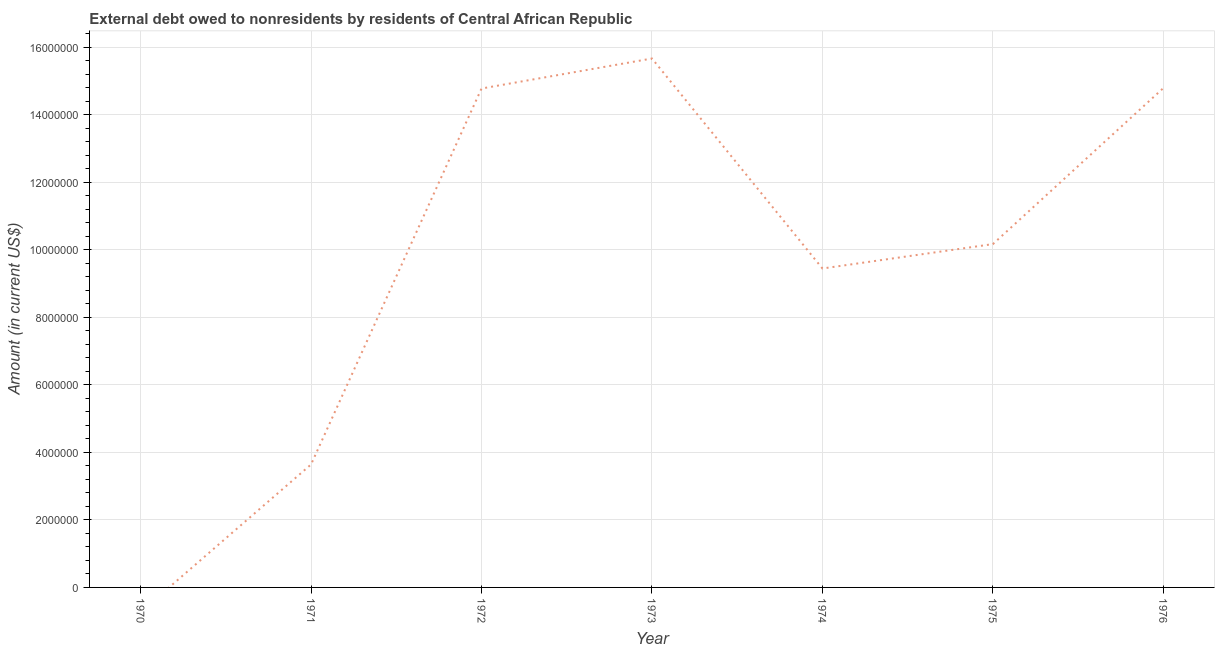
| Year | Debt |
 | --- | --- |
 | 1970 | -7.31e+05 |
 | 1971 | 3.64e+06 |
 | 1972 | 1.48e+07 |
 | 1973 | 1.57e+07 |
 | 1974 | 9.45e+06 |
 | 1975 | 1.02e+07 |
 | 1976 | 1.48e+07 |